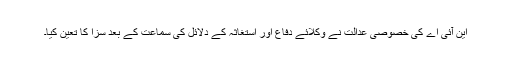
این آئی اے کی خصوصی عدالت نے وکلائے دفاع اور استغاثہ کے دلائل کی سماعت کے بعد سزا کا تعین کیا۔